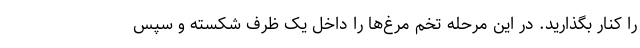
را کنار بگذارید. در این مرحله تخم مرغ‌ها را داخل یک ظرف شکسته و سپس